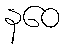
နဝေ